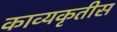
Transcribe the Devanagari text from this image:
काव्यकृतीस